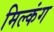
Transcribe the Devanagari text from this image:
मिल्कंग